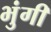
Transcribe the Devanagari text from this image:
भुंगी